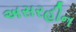
અસરહીન